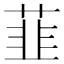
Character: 韮